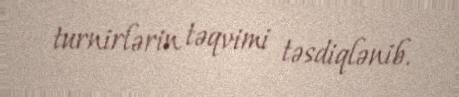
turnirlərin təqvimi təsdiqlənib.